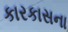
કારકાસના